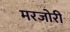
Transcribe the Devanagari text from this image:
मरजोरी